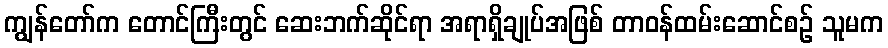
ကျွန်တော်က တောင်ကြီးတွင် ဆေးဘက်ဆိုင်ရာ အရာရှိချုပ်အဖြစ် တာဝန်ထမ်းဆောင်စဉ် သူမက